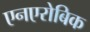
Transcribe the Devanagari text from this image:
एनएरोबिक